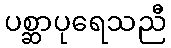
ပစ္ဆာပုရေသညီ